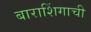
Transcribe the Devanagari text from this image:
बाराशिंगाची